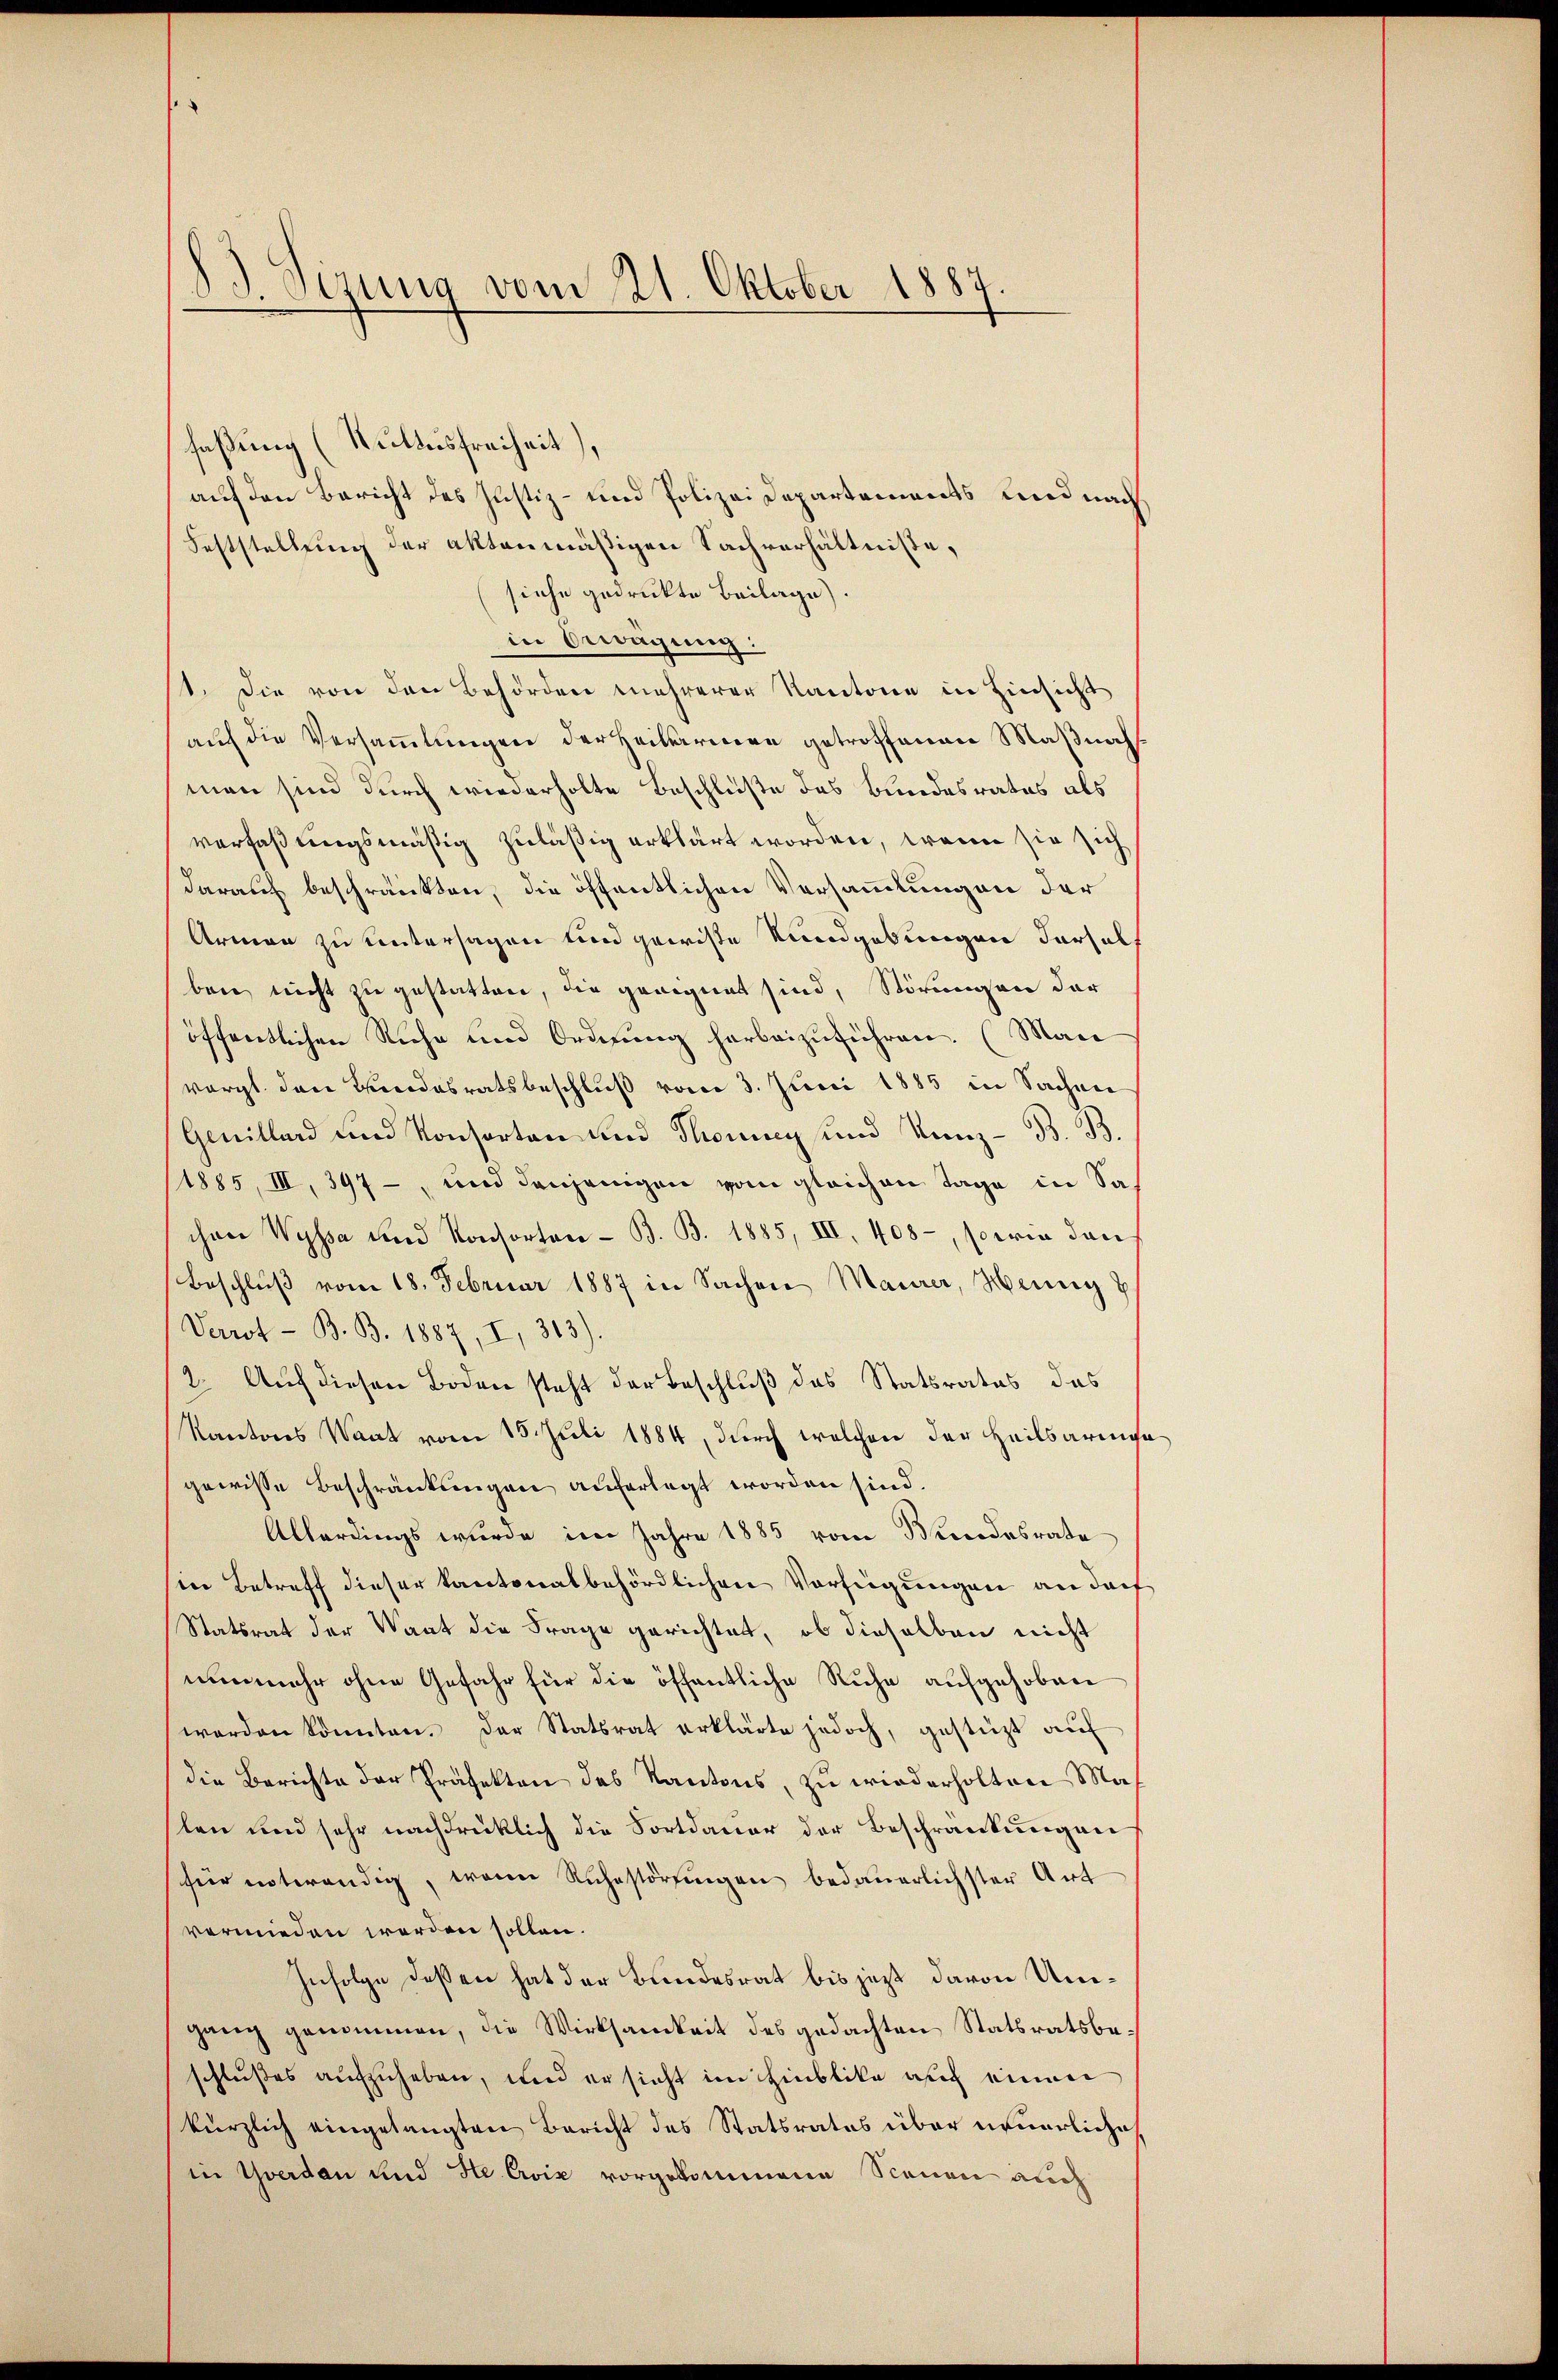
faßung (Rultusfreiheit),
auf den Bericht des Justiz- und Polizei Departements und nach
Feststellung der aktenmäßigen Sachverhältnisse,
siehe gedruckte Beilage).
in Bewägung:
st. Die von den Behörden mehrerer Kantone in Hinsicht
auf die Versammlungen der Heillarien getroffenen Maßnah
man sind durch wiederholte Beschlüße des Bundesrates als
verfaßungsmäßig zuläßig erklärt worden, wenn sie sich
darauf beschränkten, die öffentlichen Versammlungen der
Armen zu untersagen und gewisse Rundgebungen Verhalf
ben nicht zu gestatten, die geeignet sind, Störungen der
öffentlichen Ruhe und Ordnung herbeizuführen. (Man
vorgt den Bundesratsbeschluß vom 3. Juni 1885 in Sachen
Genillard und Konsorten und Thonney und Kanz- B. B.
1885, III, 397 -, und denjenigen vom gleichen Tage in Sachen Wyssa und Konsorten - B. B. 1885, III, 408, sowie dann
Beschluß vom 18. Februar 1887 in Sachen Maurer, Heung
Verrot - B. B. 1887, I, 313).
2. Auch diesen Boden steht der Beschluß des Statsrates das
Kantons Waat vom 15. Juli 1884, durch welchen der Heilsarmengewisse Beschränkungen auferlegt worden sind.
Allerdings wurde im Jahre 1885 vom Bundesrate
sin Betreff dieser kantonalbehördlichen Verfügungen an darf
Statsrat der Waat die Frage gerichtet, ob dieselben nicht
nunmehr ohne Gefahr für die öffentliche Ruhe aufgehoben
werden könnten. Der Statsrat erklärte jedoch, gestüzt auf
die Berichte der Präfekten des Kantons, zu wiederholten Masten und sehr nachdrücklich die Fortdauer der Beschränkungen
für unterendig, wenn Rŭhestörŭngen bedauerlichster Art
vermieden werden sollen.
Infolge dessen hat der Bundesrat bis jezt davon Umgang genommen, die Wirksamkeit des gedachten Statsratsbeschlußes aufzuheben, und er sicht im Hinblike auch einen
kürzlich eingelangten Bericht des Statsrates über neuerliche
in Yverdan und He Ewix vorgekommene Scenen auch

83. Sizung vom 21. Oktober 1887